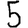
Digit: 5